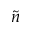
\tilde { n }